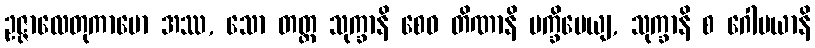
ဥဇ္ဇာလေတုကာမော အဿ, သော တတ္ထ သုက္ခာနိ စေဝ တိဏာနိ ပက္ခိပေယျ, သုက္ခာနိ စ ဂေါမယာနိ